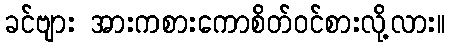
ခင်ဗျား အားကစားကောစိတ်ဝင်စားလို့လား။